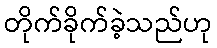
တိုက်ခိုက်ခဲ့သည်ဟု